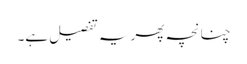
چنانچہ پھر یہ تفصیل ہے۔